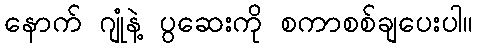
နောက် ဂျုံနဲ့ ပွဆေးကို စကာစစ်ချပေးပါ။